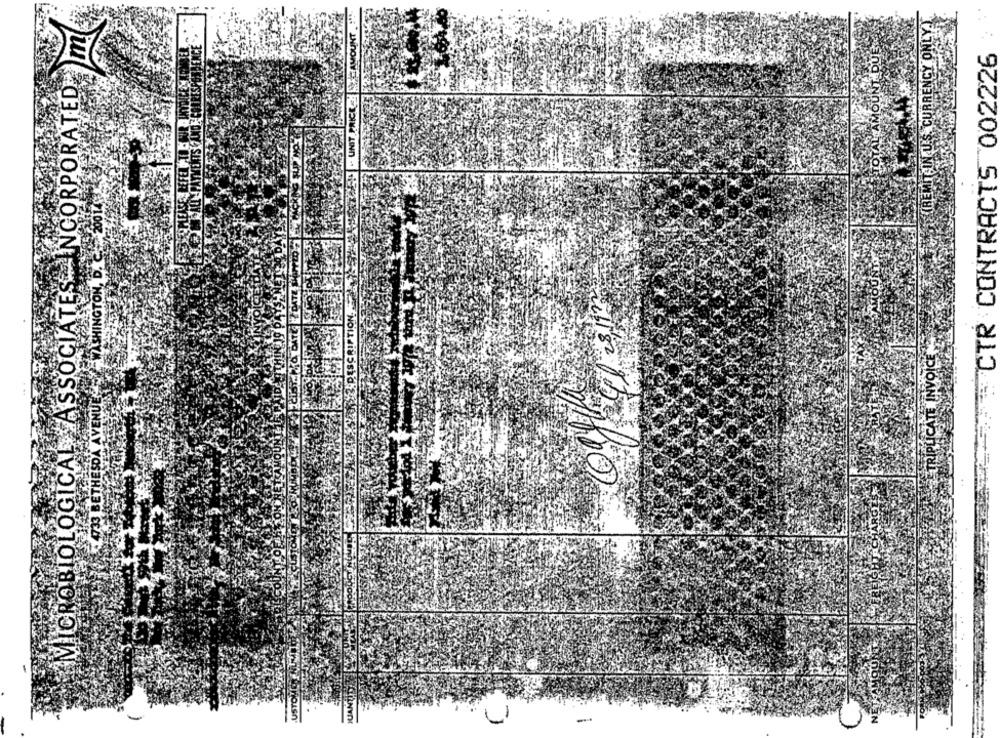
TOTAL AMOUNT DUE
YON
CTR CONTRACTS 002226
MICROBIOLOGICAL ASSOCIATES INCORPORATED
ICIN U.S. CURRE
UNIT PRICE-
L PAYMENTS AN
SEEFEL TOH
PAUL PAY
(BEMI
2THINGTON, D.
28/120
TION.
DESC
933 BETHESDA AVENUEE
.USTOUCONUN
JUAN